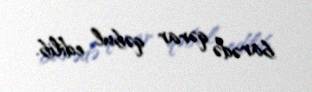
barədə qərar qəbul edilib.